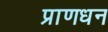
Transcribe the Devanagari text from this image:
प्राणधन